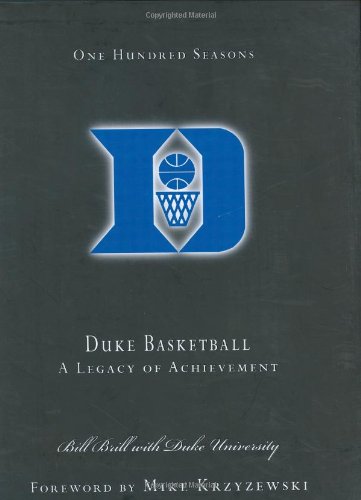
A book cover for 100 Seasons of Duke Basketball: A Legacy of Achievement; Bill Brill; Sports & Outdoors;